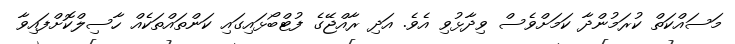
މަސައްކަތް ކުރަމުންދާ ކަަމަށްވެސް ވިދާޅުވި އެވެ. އަދި ރާއްޖޭގެ ފުޓްބޯޅައިގައި ކަންތައްތަކެއް ހާސިލްކޮށްފައިވާ